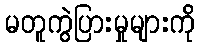
မတူကွဲပြားမှုများကို